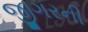
જીગરની